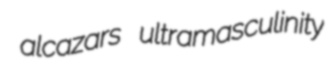
alcazars ultramasculinity